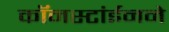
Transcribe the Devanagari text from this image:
कॉनस्टांईनने